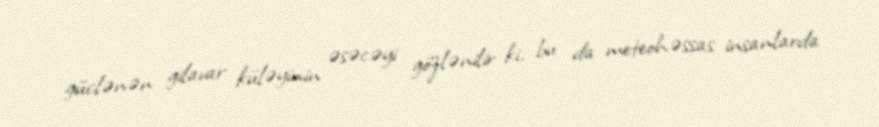
güclənən gilavar küləyinin əsəcəyi gözlənilir ki, bu da meteohəssas insanlarda